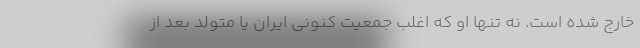
خارج شده است. نه تنها او که اغلب جمعیت کنونی ایران یا متولد بعد از